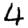
Digit: 4